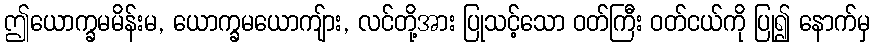
ဤယောက္ခမမိန်းမ, ယောက္ခမယောကျ်ား, လင်တို့အား ပြုသင့်သော ဝတ်ကြီး ဝတ်ငယ်ကို ပြု၍ နောက်မှ